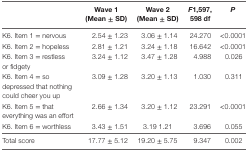
|  | Wave 1 (Mean ± SD) | Wave 2 (Mean ± SD) | F1,597,598 df | P |
 | --- | --- | --- | --- | --- |
 | K6. Item 1 = nervous | 2.54 ± 1.23 | 3.06 ± 1.14 | 24.270 | <0.0001 |
 | K6. Item 2 = hopeless | 2.81 ± 1.21 | 3.24 ± 1.18 | 16.642 | <0.0001 |
 | K6. Item 3 = restless or fidgety | 3.24 ± 1.12 | 3.47 ± 1.28 | 4.988 | 0.026 |
 | K6. Item 4 = so depressed that nothing could cheer you up | 3.09 ± 1.28 | 3.20 ± 1.13 | 1.030 | 0.311 |
 | K6. Item 5 = that everything was an effort | 2.66 ± 1.34 | 3.20 ± 1.12 | 23.291 | <0.0001 |
 | K6. Item 6 = worthless | 3.43 ± 1.51 | 3.19 1.21 | 3.696 | 0.055 |
 | Total score | 17.77 ± 5.12 | 19.20 ± 5.75 | 9.347 | 0.002 |